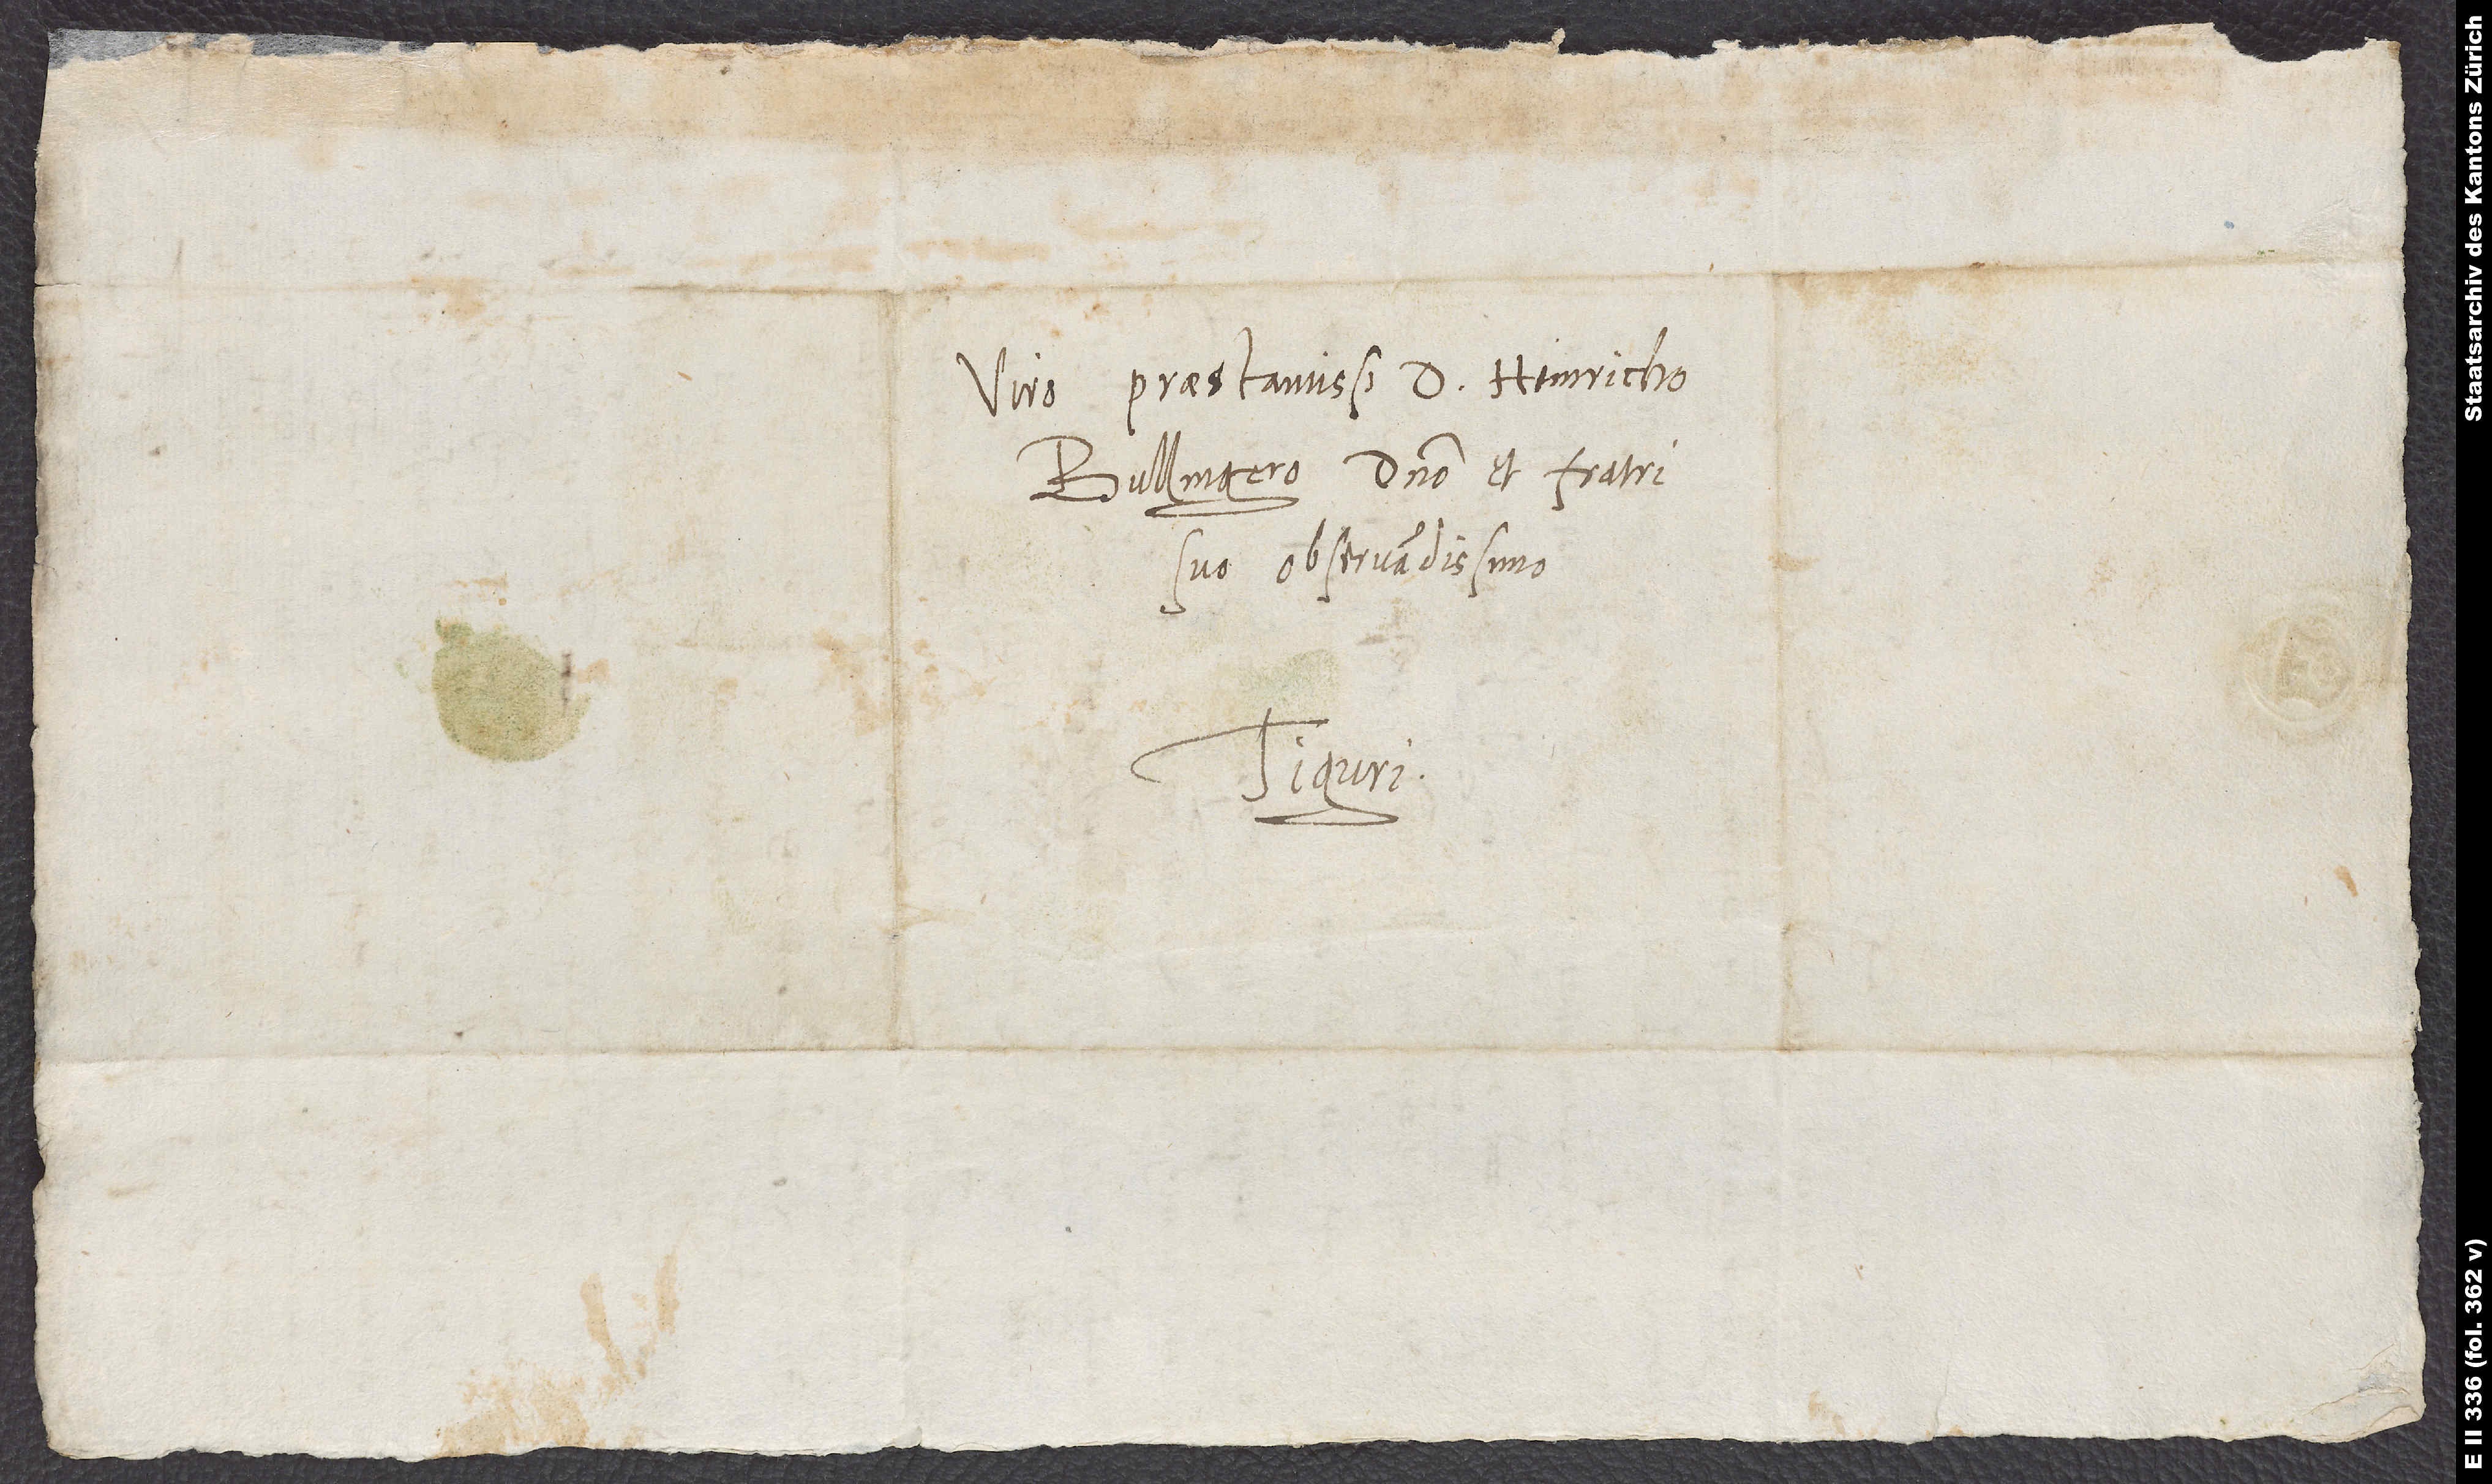
Viro praestantissimo d. Heinricho
Bullingero, domino et fratri
suo observandissimo.
Tiguri.